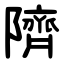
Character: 隮